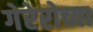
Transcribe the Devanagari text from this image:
गेरेरोच्या